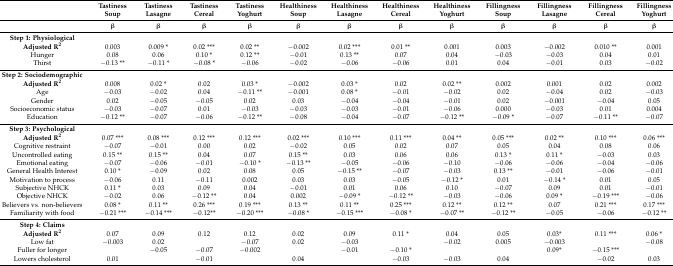
<table><thead><tr><td></td><td><b>Tastiness Soup</b></td><td><b>Tastiness Lasagne</b></td><td><b>Tastiness Cereal</b></td><td><b>Tastiness Yoghurt</b></td><td><b>Healthiness Soup</b></td><td><b>Healthiness Lasagne</b></td><td><b>Healthiness Cereal</b></td><td><b>Healthiness Yoghurt</b></td><td><b>Fillingness Soup</b></td><td><b>Fillingness Lasagne</b></td><td><b>Fillingness Cereal</b></td><td><b>Fillingness Yoghurt</b></td></tr><tr><td></td><td><b>β</b></td><td><b>β</b></td><td><b>β</b></td><td><b>β</b></td><td><b>β</b></td><td><b>β</b></td><td><b>β</b></td><td><b>β</b></td><td><b>β</b></td><td><b>β</b></td><td><b>β</b></td><td><b>β</b></td></tr></thead><tbody><tr><td><b>Step 1: Physiological</b></td><td></td><td></td><td></td><td></td><td></td><td></td><td></td><td></td><td></td><td></td><td></td><td></td></tr><tr><td><b>Adjusted R<sup>2</sup></b></td><td>0.003</td><td>0.009 *</td><td>0.02 ***</td><td>0.02 **</td><td>−0.002</td><td>0.02 ***</td><td>0.01 **</td><td>0.001</td><td>0.003</td><td>−0.002</td><td>0.010 **</td><td>0.001</td></tr><tr><td>Hunger</td><td>0.08</td><td>0.06</td><td>0.10 *</td><td>0.12 **</td><td>−0.01</td><td>0.13 **</td><td>0.07</td><td>0.04</td><td>−0.03</td><td>−0.03</td><td>0.04</td><td>0.01</td></tr><tr><td>Thirst</td><td>−0.13 **</td><td>−0.11 *</td><td>−0.08 *</td><td>−0.06</td><td>−0.02</td><td>−0.06</td><td>−0.06</td><td>0.01</td><td>0.04</td><td>−0.01</td><td>0.03</td><td>−0.02</td></tr><tr><td><b>Step 2: Sociodemographic</b></td><td></td><td></td><td></td><td></td><td></td><td></td><td></td><td></td><td></td><td></td><td></td><td></td></tr><tr><td><b>Adjusted R<sup>2</sup></b></td><td>0.008</td><td>0.02 *</td><td>0.02</td><td>0.03 *</td><td>−0.002</td><td>0.03 *</td><td>0.02</td><td>0.02 **</td><td>0.002</td><td>0.001</td><td>0.02</td><td>0.002</td></tr><tr><td>Age</td><td>−0.03</td><td>−0.02</td><td>0.04</td><td>−0.11 **</td><td>−0.001</td><td>0.08 *</td><td>−0.01</td><td>−0.02</td><td>0.02</td><td>−0.04</td><td>0.02</td><td>−0.03</td></tr><tr><td>Gender</td><td>0.02</td><td>−0.05</td><td>−0.05</td><td>0.02</td><td>0.03</td><td>−0.04</td><td>−0.04</td><td>−0.01</td><td>0.02</td><td>−0.001</td><td>−0.04</td><td>0.05</td></tr><tr><td>Socioeconomic status</td><td>−0.03</td><td>−0.07</td><td>0.01</td><td>−0.03</td><td>−0.03</td><td>−0.03</td><td>−0.01</td><td>−0.06</td><td>0.000</td><td>−0.03</td><td>0.01</td><td>0.004</td></tr><tr><td>Education</td><td>−0.12 **</td><td>−0.07</td><td>−0.06</td><td>−0.12 **</td><td>−0.08</td><td>−0.04</td><td>−0.07</td><td>−0.12 **</td><td>−0.09 *</td><td>−0.07</td><td>−0.11 **</td><td>−0.07</td></tr><tr><td><b>Step 3: Psychological</b></td><td></td><td></td><td></td><td></td><td></td><td></td><td></td><td></td><td></td><td></td><td></td><td></td></tr><tr><td><b>Adjusted R<sup>2</sup></b></td><td>0.07 ***</td><td>0.08 ***</td><td>0.12 ***</td><td>0.12 ***</td><td>0.02 ***</td><td>0.10 ***</td><td>0.11 ***</td><td>0.04 **</td><td>0.05 ***</td><td>0.02 **</td><td>0.10 ***</td><td>0.06 ***</td></tr><tr><td>Cognitive restraint</td><td>−0.07</td><td>−0.01</td><td>0.00</td><td>0.02</td><td>−0.02</td><td>0.05</td><td>0.02</td><td>0.07</td><td>0.05</td><td>0.04</td><td>0.08</td><td>0.06</td></tr><tr><td>Uncontrolled eating</td><td>0.15 **</td><td>0.15 **</td><td>0.04</td><td>0.07</td><td>0.15 **</td><td>0.03</td><td>0.06</td><td>0.06</td><td>0.13 *</td><td>0.11 *</td><td>−0.03</td><td>0.03</td></tr><tr><td>Emotional eating</td><td>−0.07</td><td>−0.06</td><td>−0.01</td><td>−0.10 *</td><td>−0.13 **</td><td>−0.05</td><td>−0.06</td><td>−0.10</td><td>−0.06</td><td>−0.06</td><td>−0.04</td><td>−0.06</td></tr><tr><td>General Health Interest</td><td>0.10 *</td><td>−0.09</td><td>0.02</td><td>0.08</td><td>0.05</td><td>−0.15 **</td><td>−0.07</td><td>−0.03</td><td>0.13 **</td><td>−0.01</td><td>−0.06</td><td>−0.01</td></tr><tr><td>Motivation to process</td><td>−0.06</td><td>0.11</td><td>−0.11</td><td>0.002</td><td>0.03</td><td>0.03</td><td>−0.05</td><td>−0.12 *</td><td>0.01</td><td>−0.14 *</td><td>0.01</td><td>0.05</td></tr><tr><td>Subjective NHCK</td><td>0.11 *</td><td>0.03</td><td>0.09</td><td>0.04</td><td>−0.01</td><td>0.01</td><td>0.06</td><td>0.10</td><td>−0.07</td><td>0.09</td><td>0.01</td><td>−0.01</td></tr><tr><td>Objective NHCK</td><td>−0.02</td><td>0.06</td><td>−0.12 **</td><td>0.04</td><td>0.002</td><td>−0.09 *</td><td>−0.12 **</td><td>−0.03</td><td>−0.06</td><td>0.09 *</td><td>−0.19 ***</td><td>−0.06</td></tr><tr><td>Believers vs. non-believers</td><td>0.08 *</td><td>0.11 **</td><td>0.26 ***</td><td>0.19 ***</td><td>0.13 **</td><td>0.11 **</td><td>0.25 ***</td><td>0.12 **</td><td>0.12 **</td><td>0.07</td><td>0.21 ***</td><td>0.17 ***</td></tr><tr><td>Familiarity with food</td><td>−0.21 ***</td><td>−0.14 ***</td><td>−0.12**</td><td>−0.20 ***</td><td>−0.08 *</td><td>−0.15 ***</td><td>−0.08 *</td><td>−0.07 **</td><td>−0.12 **</td><td>−0.05</td><td>−0.06</td><td>−0.12 **</td></tr><tr><td><b>Step 4: Claims</b></td><td></td><td></td><td></td><td></td><td></td><td></td><td></td><td></td><td></td><td></td><td></td><td></td></tr><tr><td><b>Adjusted R<sup>2</sup></b></td><td>0.07</td><td>0.09</td><td>0.12</td><td>0.12</td><td>0.02</td><td>0.09</td><td>0.11 *</td><td>0.04</td><td>0.05</td><td>0.03*</td><td>0.11 ***</td><td>0.06 *</td></tr><tr><td>Low fat</td><td>−0.003</td><td>0.02</td><td></td><td>−0.07</td><td>0.02</td><td>−0.03</td><td></td><td>−0.02</td><td>0.005</td><td>−0.003</td><td></td><td>−0.08</td></tr><tr><td>Fuller for longer</td><td></td><td>−0.05</td><td>−0.07</td><td>−0.002</td><td></td><td>−0.01</td><td>−0.10 *</td><td></td><td></td><td>0.09*</td><td>−0.15 ***</td><td></td></tr><tr><td>Lowers cholesterol</td><td>0.01</td><td></td><td>−0.01</td><td></td><td>0.04</td><td></td><td>−0.03</td><td>−0.03</td><td>0.04</td><td></td><td>−0.02</td><td>0.03</td></tr></tbody></table>